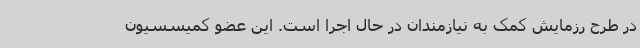
در طرح رزمایش کمک به نیازمندان در حال اجرا است. این عضو کمیسسیون